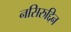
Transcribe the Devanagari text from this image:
नसिरुद्दिन